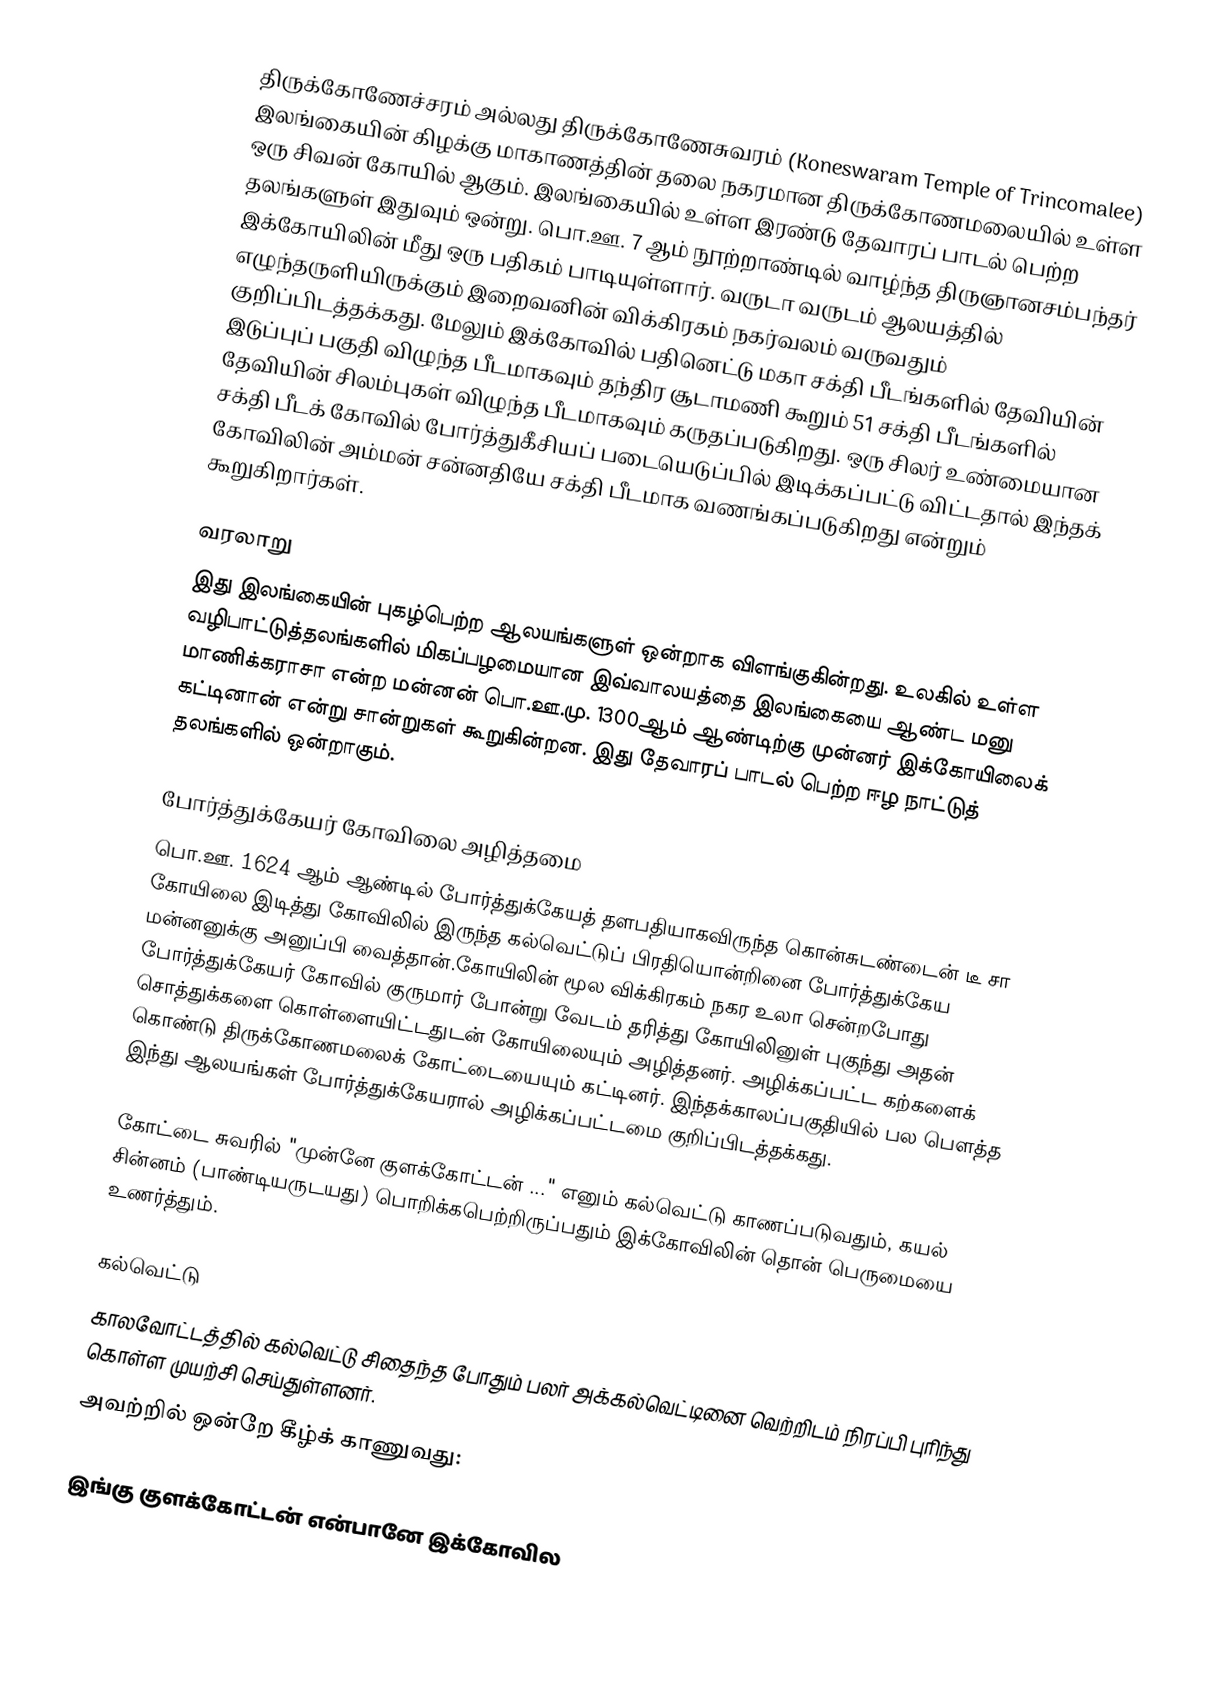
திருக்கோணேச்சரம் அல்லது திருக்கோணேசுவரம் (Koneswaram Temple of Trincomalee) இலங்கையின் கிழக்கு மாகாணத்தின் தலை நகரமான திருக்கோணமலையில் உள்ள ஒரு சிவன் கோயில் ஆகும். இலங்கையில் உள்ள இரண்டு தேவாரப் பாடல் பெற்ற தலங்களுள் இதுவும் ஒன்று. பொ.ஊ. 7 ஆம் நூற்றாண்டில் வாழ்ந்த திருஞானசம்பந்தர் இக்கோயிலின் மீது ஒரு பதிகம் பாடியுள்ளார். வருடா வருடம் ஆலயத்தில் எழுந்தருளியிருக்கும் இறைவனின் விக்கிரகம் நகர்வலம் வருவதும் குறிப்பிடத்தக்கது. மேலும் இக்கோவில் பதினெட்டு மகா சக்தி பீடங்களில் தேவியின் இடுப்புப் பகுதி விழுந்த பீடமாகவும் தந்திர சூடாமணி கூறும் 51 சக்தி பீடங்களில் தேவியின் சிலம்புகள் விழுந்த பீடமாகவும் கருதப்படுகிறது. ஒரு சிலர் உண்மையான சக்தி பீடக் கோவில் போர்த்துகீசியப் படையெடுப்பில் இடிக்கப்பட்டு விட்டதால் இந்தக் கோவிலின் அம்மன் சன்னதியே சக்தி பீடமாக வணங்கப்படுகிறது என்றும் கூறுகிறார்கள்.

வரலாறு
இது இலங்கையின் புகழ்பெற்ற ஆலயங்களுள் ஒன்றாக விளங்குகின்றது. உலகில் உள்ள வழிபாட்டுத்தலங்களில் மிகப்பழமையான இவ்வாலயத்தை இலங்கையை ஆண்ட மனு மாணிக்கராசா என்ற மன்னன்  பொ.ஊ.மு. 1300ஆம் ஆண்டிற்கு முன்னர் இக்கோயிலைக் கட்டினான் என்று சான்றுகள் கூறுகின்றன. இது தேவாரப் பாடல் பெற்ற ஈழ நாட்டுத் தலங்களில் ஒன்றாகும்.

போர்த்துக்கேயர் கோவிலை அழித்தமை
பொ.ஊ. 1624 ஆம் ஆண்டில் போர்த்துக்கேயத் தளபதியாகவிருந்த கொன்சுடண்டைன் டீ சா கோயிலை இடித்து கோவிலில் இருந்த கல்வெட்டுப் பிரதியொன்றினை போர்த்துக்கேய மன்னனுக்கு அனுப்பி வைத்தான்.கோயிலின் மூல விக்கிரகம் நகர உலா சென்றபோது போர்த்துக்கேயர் கோவில் குருமார் போன்று வேடம் தரித்து கோயிலினுள் புகுந்து அதன் சொத்துக்களை கொள்ளையிட்டதுடன் கோயிலையும் அழித்தனர். அழிக்கப்பட்ட கற்களைக் கொண்டு திருக்கோணமலைக் கோட்டையையும் கட்டினர். இந்தக்காலப்பகுதியில் பல பெளத்த இந்து ஆலயங்கள் போர்த்துக்கேயரால் அழிக்கப்பட்டமை குறிப்பிடத்தக்கது.

கோட்டை சுவரில் "முன்னே குளக்கோட்டன் ..." எனும் கல்வெட்டு காணப்படுவதும், கயல் சின்னம் (பாண்டியருடயது) பொறிக்கபெற்றிருப்பதும் இக்கோவிலின் தொன் பெருமையை உணர்த்தும்.

கல்வெட்டு
காலவோட்டத்தில் கல்வெட்டு சிதைந்த போதும் பலர் அக்கல்வெட்டினை வெற்றிடம் நிரப்பி புரிந்து கொள்ள முயற்சி செய்துள்ளனர்.
அவற்றில் ஒன்றே கீழ்க் காணுவது:

இங்கு குளக்கோட்டன் என்பானே இக்கோவில